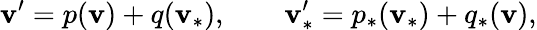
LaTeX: \mathbf{v}^{\prime}=p(\mathbf{v})+q(\mathbf{v}_{\ast}),\qquad\mathbf{v}_{\ast}^{\prime}=p_{\ast}(\mathbf{v}_{\ast})+q_{\ast}(\mathbf{v}),